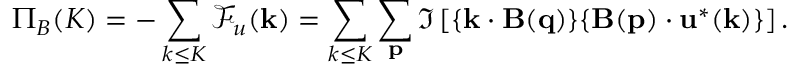
\Pi _ { B } ( K ) = - \sum _ { k \le K } \mathcal { F } _ { u } ( { \bf k } ) = \sum _ { k \le K } \sum _ { \bf p } \Im \left[ { \bf \{ k \cdot B ( q ) \} \{ B ( p ) \cdot u ^ { * } ( k ) \} } \right] .